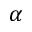
\alpha